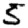
Digit: 5